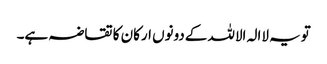
تویہ لاالہ الاللہ کےدونوں ارکان کا تقاضہ ہے۔